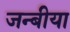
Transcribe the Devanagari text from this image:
जन्बीया